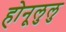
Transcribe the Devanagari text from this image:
होनूलुलु